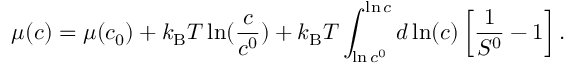
\mu ( c ) = \mu ( c _ { 0 } ) + k _ { \mathrm { B } } T \ln ( \frac { c } { c ^ { 0 } } ) + k _ { \mathrm { B } } T \int _ { \ln c ^ { 0 } } ^ { \ln c } d \ln ( c ) \left[ \frac { 1 } { S ^ { 0 } } - 1 \right] .